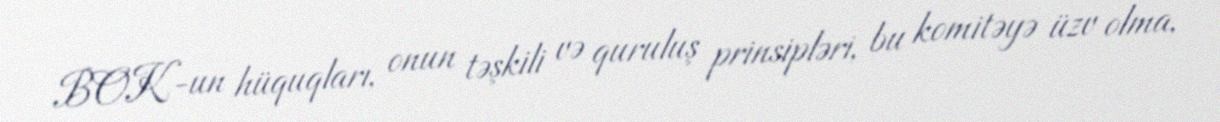
BOK-un hüquqları, onun təşkili və quruluş prinsipləri, bu komitəyə üzv olma,